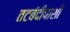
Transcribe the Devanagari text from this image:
तटबंदीपाशी